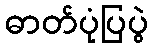
ဓာတ်ပုံပြပွဲ